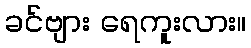
ခင်ဗျား ရေကူးလား။